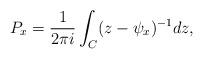
LaTeX: \begin{align*}P_x= \frac{1}{2 \pi i} \int_{C}(z- \psi_x)^{-1} dz,\end{align*}